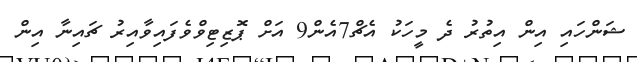
ޝަންހައި އިން އިތުރު ދެ މީހަކު އެޗް7އެން9 އަށް ޕޮޒިޓިވްވެފައިވާއިރު ޗައިނާ އިން